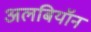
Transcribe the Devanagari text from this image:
अलबियॉन